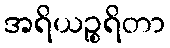
အရိယဉ္စရိတာ